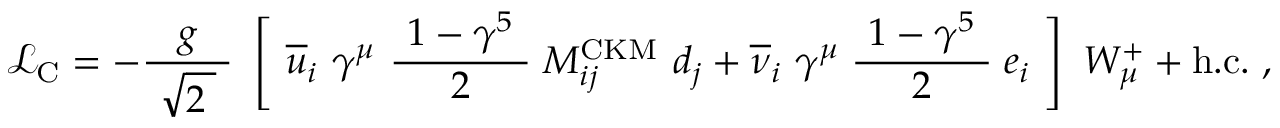
{ \mathcal { L } } _ { \mathrm { C } } = - { \frac { g } { \ { \sqrt { 2 \; } } \ } } \ \left[ \ { \overline { { u } } } _ { i } \ \gamma ^ { \mu } \ { \frac { \ 1 - \gamma ^ { 5 } \ } { 2 } } \; M _ { i j } ^ { \mathrm { C K M } } \ d _ { j } + { \overline { { \nu } } } _ { i } \ \gamma ^ { \mu } \; { \frac { \ 1 - \gamma ^ { 5 } \ } { 2 } } \; e _ { i } \ \right] \ W _ { \mu } ^ { + } + \mathrm { h . c . } ~ ,